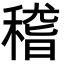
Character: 稽